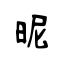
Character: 昵